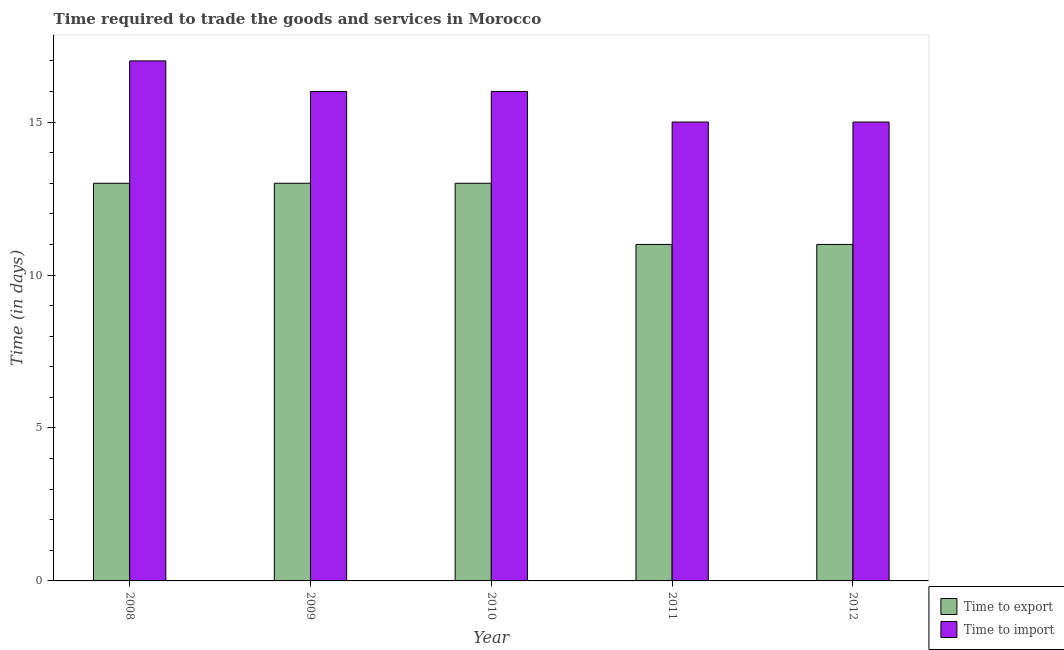
| Year | Time to export | Time to import |
 | --- | --- | --- |
 | 2008 | 13 | 17 |
 | 2009 | 13 | 16 |
 | 2010 | 13 | 16 |
 | 2011 | 11 | 15 |
 | 2012 | 11 | 15 |